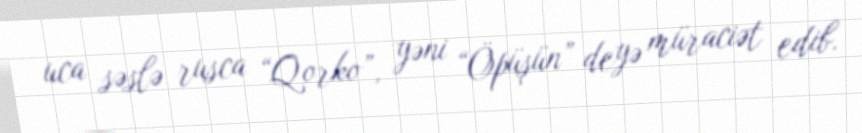
uca səslə rusca “Qorko”, yəni “Öpüşün” deyə müraciət edib.